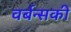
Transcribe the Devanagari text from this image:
वर्बन्सकी